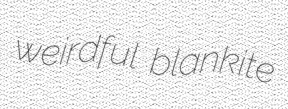
weirdful blankite